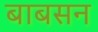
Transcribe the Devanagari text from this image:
बाबसन